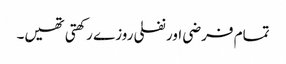
تمام فرضی اور نفلی روزے رکھتی تھیں۔